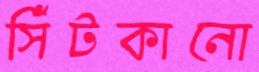
সিঁটকানো